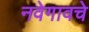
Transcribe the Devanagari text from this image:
नवेगावचे